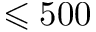
\leqslant 5 0 0